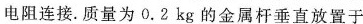
电阻连接.质量为0.2kg的金属杆垂直放置于